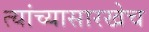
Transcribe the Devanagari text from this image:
त्यांच्यासारखेच